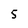
Character: 5